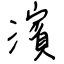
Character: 濱